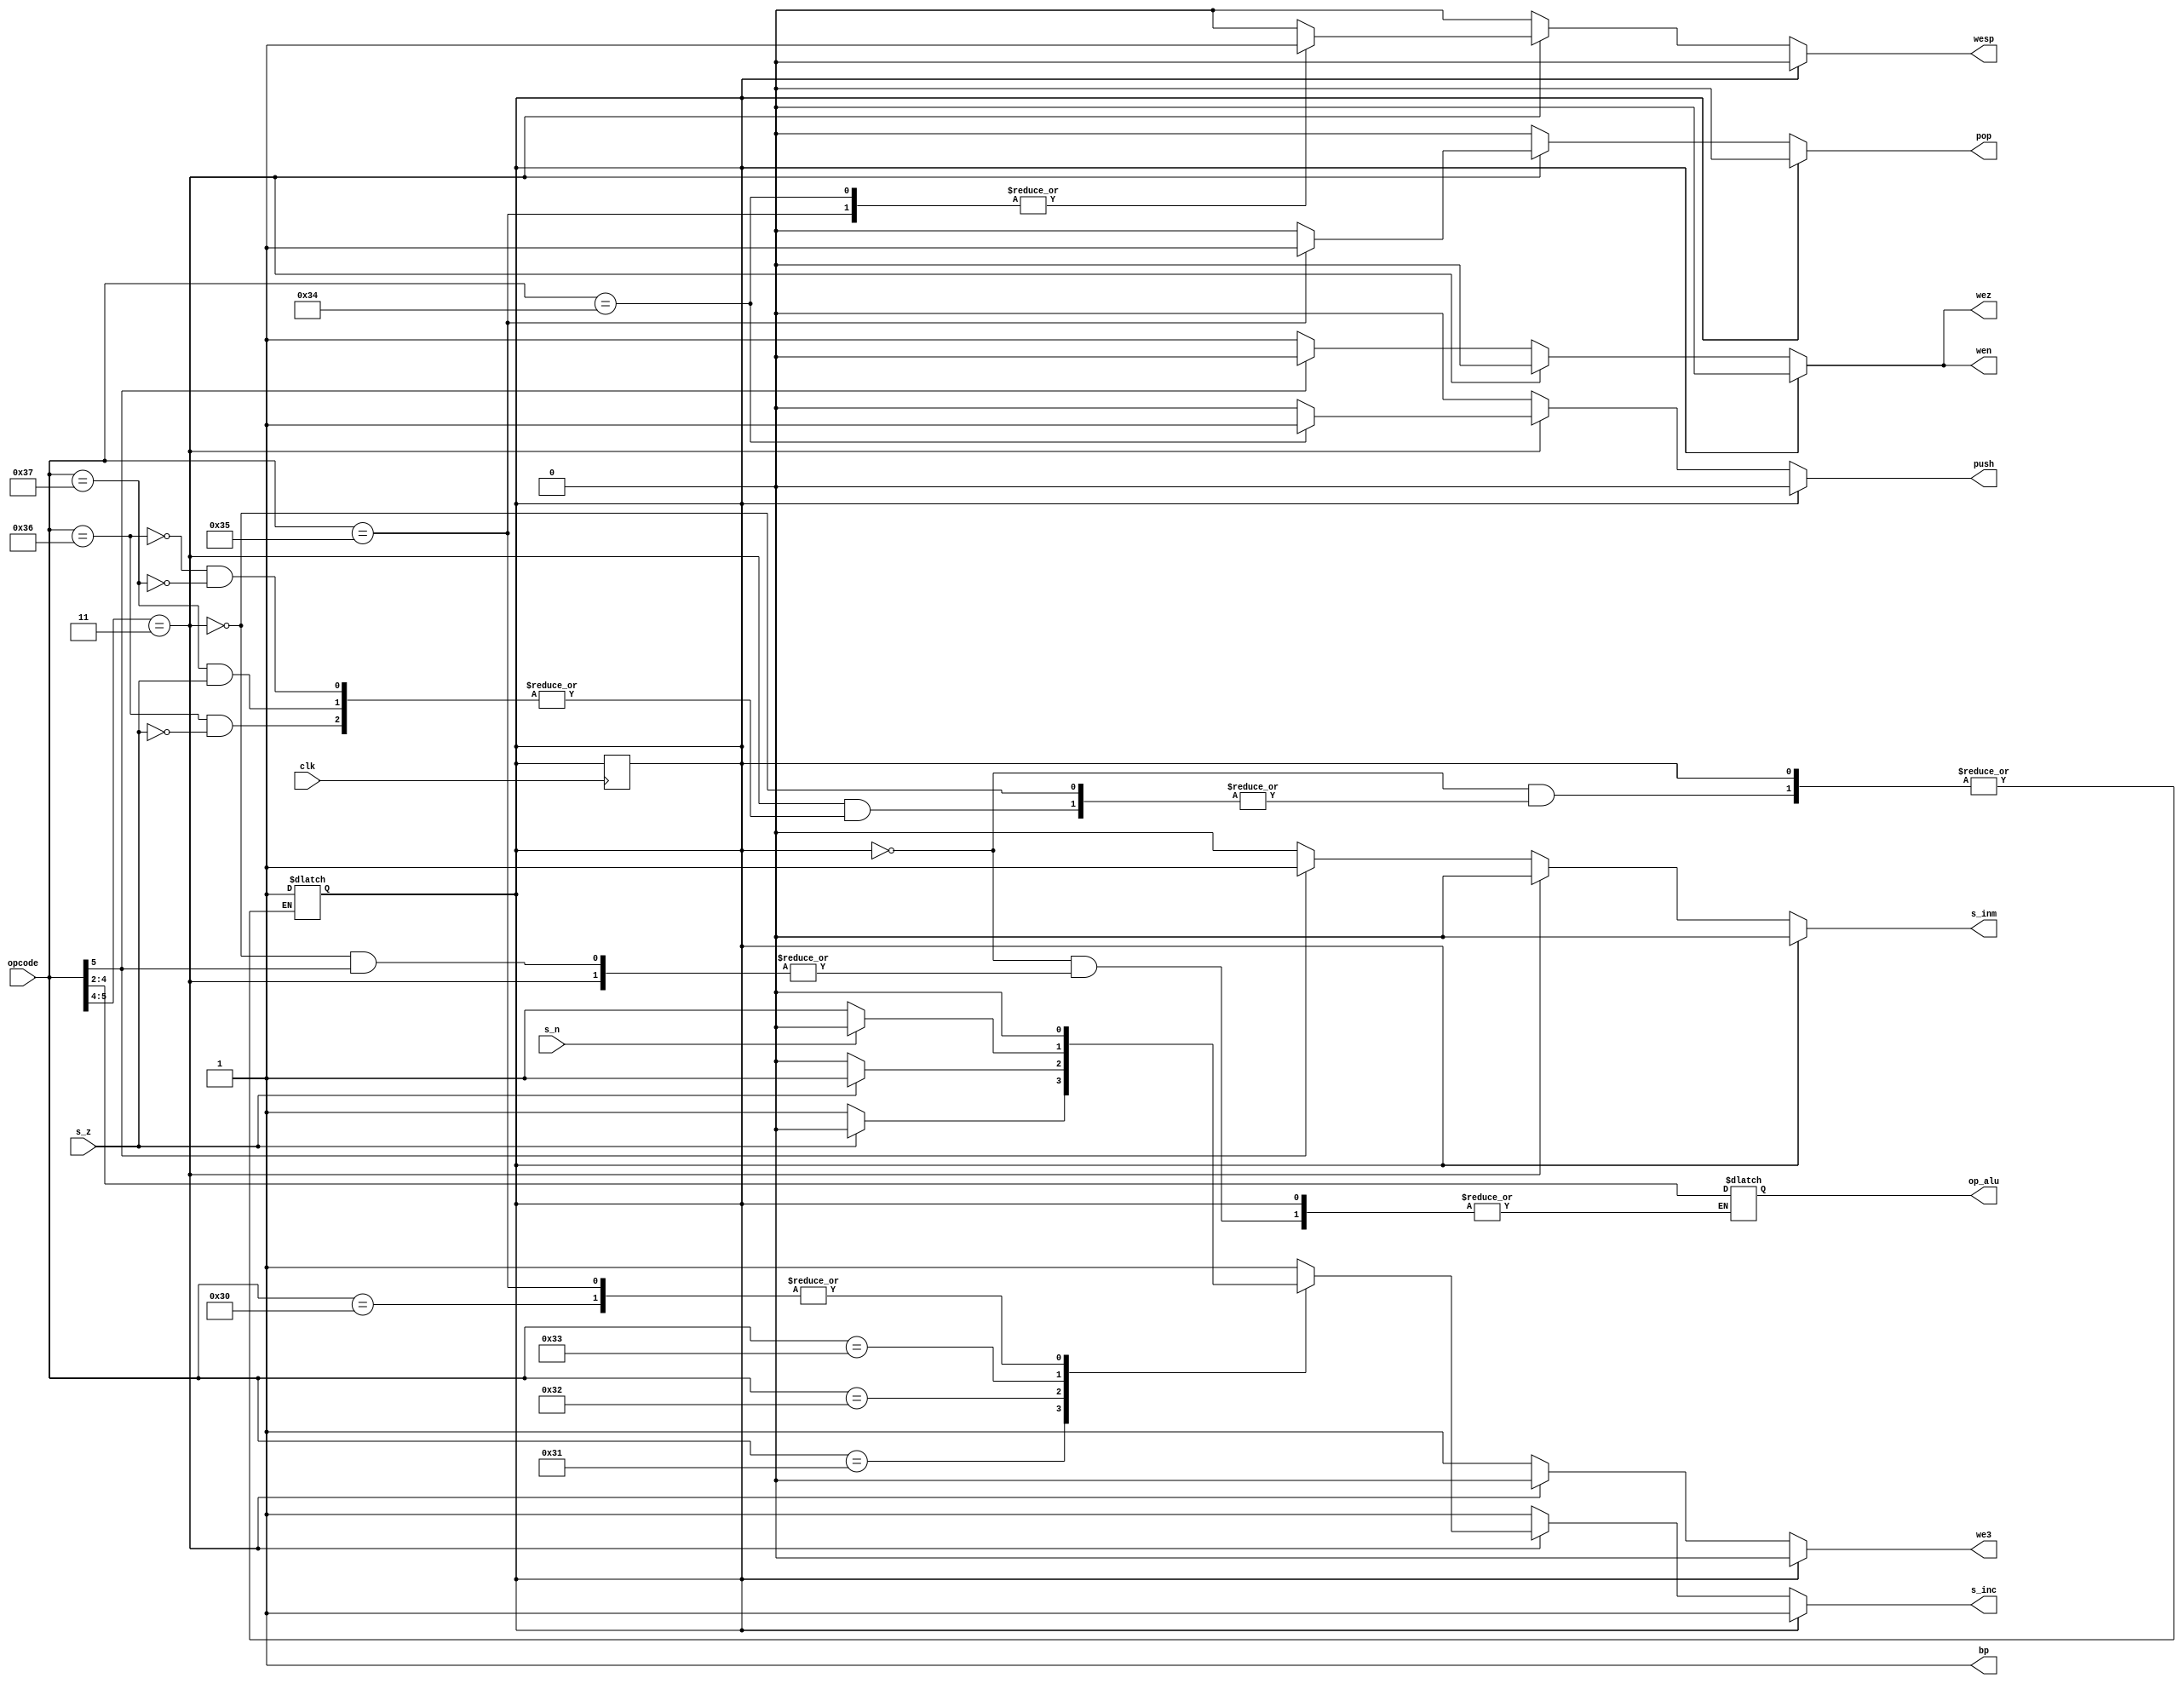
module uc(input wire clk, input wire [5:0] opcode, input wire s_z, s_n, output reg s_inc, s_inm, we3, wez, wen, wesp, bp, push, pop, output reg [2:0] op_alu);

    // Flag interno para el skip
    reg skip, cont;

    initial
    begin
        skip <= 1'b0;
        cont = 0;
        // Por defecto, las operaciones se realizaran en C2
        bp = 1'b1;
    end

    always @(posedge clk)
    begin
        if (skip)
        begin
            if (cont == 2)
            begin
                skip <= 1'b0;
                cont = 0;
            end
        end
    end

    always @(*)
    begin
        if (skip == 1'b1)
        begin
            s_inc <= 1'b1;
            s_inm <= 1'b0;
            we3 <= 1'b0;
            wez <= 1'b0;
            wen <= 1'b0;
            wesp <= 1'b0;
            push <= 1'b0;
            pop <= 1'b0;
            cont = cont + 1;
        end
        else
        begin
            if (opcode[5:4] == 2'b11)
            begin
                // 6 bits (saltos)
                case (opcode)
		    // J
                    6'b110000:
                    begin
                        s_inc <= 1'b0;
                        s_inm <= 1'b0;
                        we3 <= 1'b0;
                        wez <= 1'b0;
                        wen <= 1'b0;
                        wesp <= 1'b0;
                        push <= 1'b0;
                        pop <= 1'b0;
                    end
		    // JZ
                    6'b110001:
                    begin
                        if (s_z == 1'b1)
                            s_inc <= 1'b0;
                        else
                            s_inc <= 1'b1;
                        s_inm <= 1'b0;
                        we3 <= 1'b0;
                        wez <= 1'b0;
                        wen <= 1'b0;
                        wesp <= 1'b0;
                        push <= 1'b0;
                        pop <= 1'b0;
                    end
		    // JNZ
                    6'b110010:
                    begin
                        if (s_z == 1'b0)
                            s_inc <= 1'b0;
                        else
                            s_inc <= 1'b1;
                        s_inm <= 1'b0;
                        we3 <= 1'b0;
                        wez <= 1'b0;
                        wen <= 1'b0;
                        wesp <= 1'b0;
                        push <= 1'b0;
                        pop <= 1'b0;
                    end
                    // JN
                    6'b110011:
                    begin
                        if (s_n == 1'b1)
                            s_inc <= 1'b0;
                        else
                            s_inc <= 1'b1;
                        s_inm <= 1'b0;
                        we3 <= 1'b0;
                        wez <= 1'b0;
                        wen <= 1'b0;
                        wesp <= 1'b0;
                        push <= 1'b0;
                        pop <= 1'b0;
                    end
		    // PUSH
                    6'b110100:
                    begin
                        s_inc <= 1'b1;
                        s_inm <= 1'b0;
                        we3 <= 1'b0;
                        wez <= 1'b0;
                        wen <= 1'b0;
                        wesp <= 1'b1;
                        pop <= 1'b0;
                        push <= 1'b1;
                    end
		    // POP
                    6'b110101:
                    begin
                        s_inc <= 1'b0;
                        s_inm <= 1'b0;
                        we3 <= 1'b0;
                        wez <= 1'b0;
                        wen <= 1'b0;
                        wesp <= 1'b1;
                        pop <= 1'b1;
                        push <= 1'b0;
                    end
		    // SKZ
                    6'b110110:
                    begin
                        s_inc <= 1'b1;
                        s_inm <= 1'b0;
                        we3 <= 1'b0;
                        wez <= 1'b0;
                        wen <= 1'b0;
                        wesp <= 1'b0;
                        pop <= 1'b0;
                        push <= 1'b0;
                        if (s_z == 1'b1)
                            skip <= 1'b1;
                    end
		    // SKNZ
                    6'b110111:
                    begin
                        s_inc <= 1'b1;
                        s_inm <= 1'b0;
                        we3 <= 1'b0;
                        wez <= 1'b0;
                        wen <= 1'b0;
                        wesp <= 1'b0;
                        pop <= 1'b0;
                        push <= 1'b0;
                        if (s_z != 1'b1)
                            skip <= 1'b1;
                    end
                    default:
                    begin
                        s_inc <= 1'b1;
                        s_inm <= 1'b0;
                        we3 <= 1'b0;
                        wez <= 1'b0;
                        wen <= 1'b0;
                        wesp <= 1'b0;
                        push <= 1'b0;
                        pop <= 1'b0;
                    end
                endcase
            end
            else
            begin
                // 4 bits
                if (opcode[5] == 1'b0)
                begin
                    // ALU
                    s_inc <= 1'b1;
                    s_inm <= 1'b0;
                    we3 <= 1'b1;
                    wez <= 1'b1;
                    wen <= 1'b1;
                    wesp <= 1'b0;
                    push <= 1'b0;
                    pop <= 1'b0;
                    op_alu <= opcode[4:2];
                end
                else
                begin
                    // Carga
                    wesp <= 1'b0;
                    push <= 1'b0;
                    pop <= 1'b0;
                    case (opcode[5:2])
                        4'b1000:
                        begin
                            s_inc <= 1'b1;
                            s_inm <= 1'b1;
                            we3 <= 1'b1;
                            wez <= 1'b0;
                            wen <= 1'b0;
                        end
                        default:
                        begin
                            s_inc <= 1'b1;
                            s_inm <= 1'b1;
                            we3 <= 1'b1;
                            wez <= 1'b0;
                            wen <= 1'b0;
                        end
                    endcase
                end
            end
        end
    end
endmodule